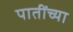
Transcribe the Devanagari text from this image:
पातींच्या